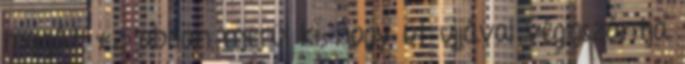
magát, ez abban merül ki, hogy öt ujjával végigszántja